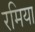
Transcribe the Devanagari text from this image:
रमिया